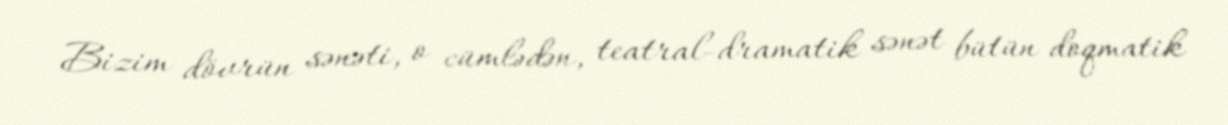
Bizim dövrün sənəti, o cümlədən, teatral-dramatik sənət bütün doqmatik